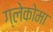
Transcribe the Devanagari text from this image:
ग्लेकोमा